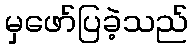
မှဖော်ပြခဲ့သည်